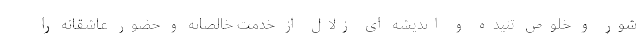
شور و خلوص تنیده و اندیشه ای زلال از خدمت خالصانه و حضور عاشقانه را